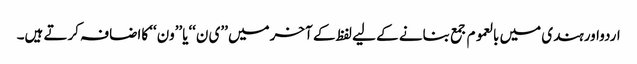
اردواورہندی میں بالعموم جمع بنانے کے لیے لفظ کے آخرمیں ’’ی ن‘‘یا’’ون‘‘ کااضافہ کرتے ہیں۔